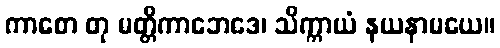
ကာစော တု မတ္တိကာဘေဒေ၊ သိက္ကာယံ နယနာမယေ။